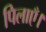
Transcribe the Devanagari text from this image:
पिलाएँ।